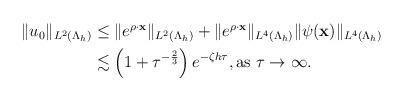
LaTeX: \begin{align*} \begin{aligned} \|u_{0}\|_{ L^{2}(\Lambda_h)} &\leq\|e^{\rho \cdot \mathbf x}\|_{ L^{2}(\Lambda_{h})}+\|e^{\rho \cdot \mathbf x}\|_{ L^{4}(\Lambda_{h})}\|\psi(\mathbf x)\|_{ L^{4}(\Lambda_{h})}\\ &\lesssim \left(1+\tau^{-\frac{2}{3}}\right)e^{-\zeta h\tau},\mbox{as $\tau \rightarrow \infty$. } \end{aligned} \end{align*}